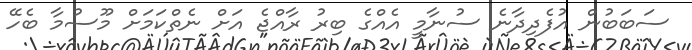
ސަބަބުން އުފެދިދާނެ ސުނާމީ އެއްގެ ބިރު ރާއްޖެ އަށް ނެތްކަމަށް މޫސުމާ ބެހޭ